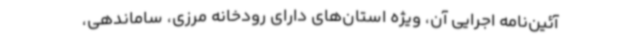
آئین‌نامه اجرایی آن، ویژه استان‌های دارای رودخانه مرزی، ساماندهی،